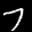
Label: 7